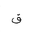
Letter: _qaf